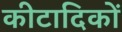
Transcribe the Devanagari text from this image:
कीटादिकों